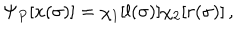
\Psi _ { P } [ x ( \sigma ) ] = \chi _ { 1 } [ l ( \sigma ) ] \chi _ { 2 } [ r ( \sigma ) ] \, ,